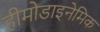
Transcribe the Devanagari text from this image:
हीमोडाइनेमिक